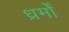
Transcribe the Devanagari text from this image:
ध्रर्मों